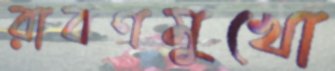
রাবণমুখো